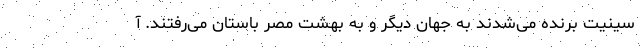
سینیت برنده می‌شدند به جهان دیگر و به بهشت مصر باستان می‌رفتند. آ